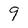
Character: 9